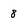
Character: 8